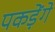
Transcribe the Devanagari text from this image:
पकड़ेंगे